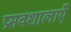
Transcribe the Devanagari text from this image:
प्रसवशालाएँ